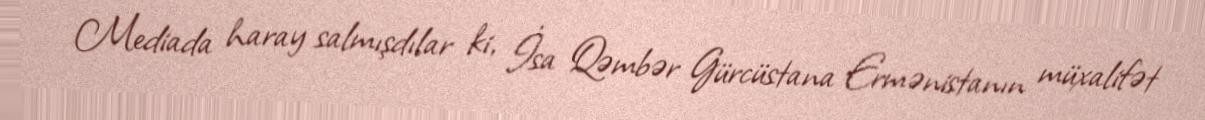
Mediada haray salmışdılar ki, İsa Qəmbər Gürcüstana Ermənistanın müxalifət